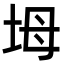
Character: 坶